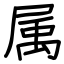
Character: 属